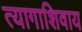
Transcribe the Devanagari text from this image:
त्यागाशिवाय